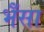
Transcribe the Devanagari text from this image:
भैँसा